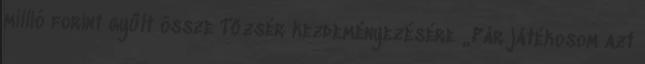
millió forint gyűlt össze Tőzsér kezdeményezésére „Pár játékosom azt